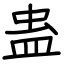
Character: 蛊